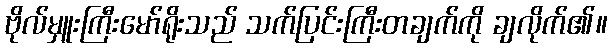
ဗိုလ်မှူးကြီးမော်ရိုးသည် သက်ပြင်းကြီးတချက်ကို ချလိုက်၏။